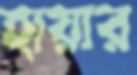
হায়ার